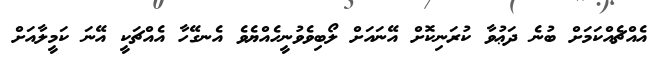
އެއްޗެއްކަމަށް ބުނެ ދަޢުވާ ކުރަނިކޮށް އޭނައަށް ލޯބިވެވުނީހެއްޔެވެ އެނގޭހާ އެއްޗަކީ އޭނަ ކަމީލާއަށް